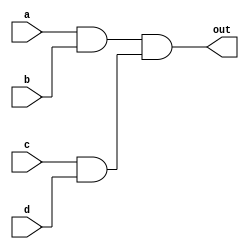
module M(out,a,b,c,d);
    
    output out;
    input a,b,c,d;
    wire e,f;
    
    specify
        if(a) (a=>out)=9;
        if(~a) (a=>out)=10;
        if(b&c)(b=>out)=9;
        if(~(b&c)) (b=>out)=13;
        if({c,d}==2'b01) (c,d*>out)=11;
        if({c,d}!=2'b01) (c,d*>out)=13;
    endspecify
        
    and a1(e,a,b);
    and a2(f,c,d);
    and a3(out,e,f);
        
endmodule